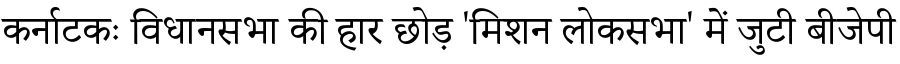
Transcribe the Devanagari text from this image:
कर्नाटकः विधानसभा की हार छोड़ 'मिशन लोकसभा' में जुटी बीजेपी